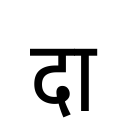
OCR:
दा